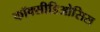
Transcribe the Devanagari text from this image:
कॉक्सीडिओसिस